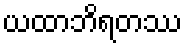
ယထာဘိရတဿ